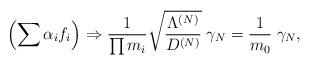
LaTeX: \begin{align*}\left( \sum \alpha_i f_i \right) \Rightarrow\frac{1}{\prod m_i} \sqrt{\frac{\Lambda^{(N)}}{D^{(N)}}} \; \gamma_N= \frac{1}{m_0} \; \gamma_N ,\end{align*}